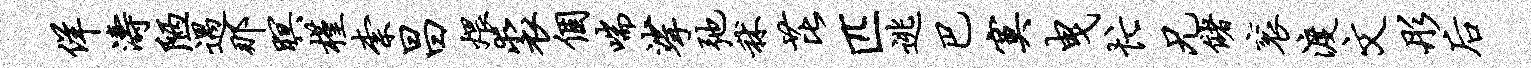
佯涛陋遇那暝槿柰昌煨裘个喘挲弛秫芘匹逃巴寞曳忙兄储衮渡文彤後